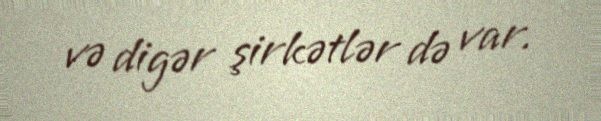
və digər şirkətlər də var.